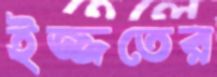
ইজ্জতের